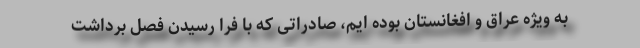
به ویژه عراق و افغانستان بوده ایم، صادراتی که با فرا رسیدن فصل برداشت